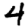
Digit: 4